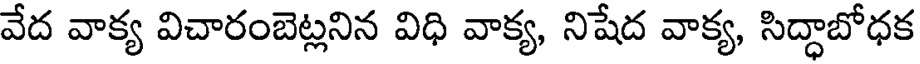
వేద వాక్య విచారంబెట్లనిన విధి వాక్య, నిషేద వాక్య, సిద్ధాబోధక